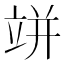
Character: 𥩵